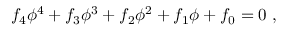
f _ { 4 } \phi ^ { 4 } + f _ { 3 } \phi ^ { 3 } + f _ { 2 } \phi ^ { 2 } + f _ { 1 } \phi + f _ { 0 } = 0 \ ,